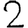
Digit: 2